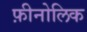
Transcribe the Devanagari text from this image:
फ़ीनोलिक